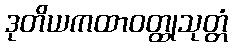
ဒုတိယကထာဝတ္ထုသုတ္တံ